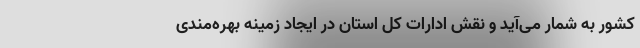
کشور به شمار می‌آید و نقش ادارات کل استان در ایجاد زمینه بهره‌مندی